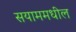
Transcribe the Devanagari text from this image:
सयाममधील